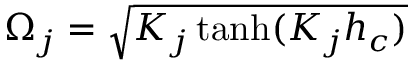
\Omega _ { j } = \sqrt { K _ { j } \operatorname { t a n h } ( K _ { j } h _ { c } ) }